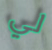
لي